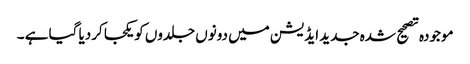
موجودہ تصحیح شدہ جدید ایڈیشن میں دونوں جلدوں کویکجا کردیا گیا ہے ۔